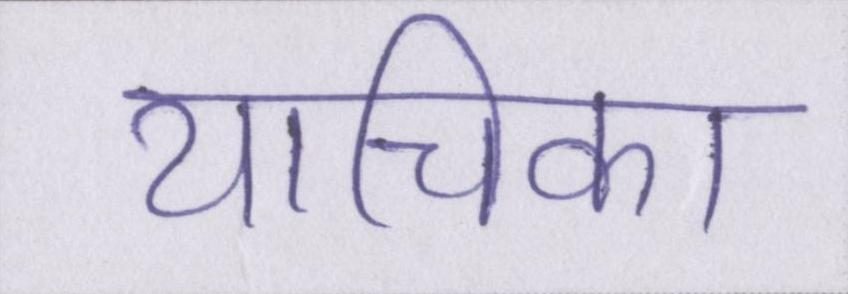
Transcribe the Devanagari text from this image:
याचिका